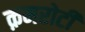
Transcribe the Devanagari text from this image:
क़मरोटी